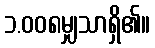
၁.၀၀၈မျှသာရှိ၏။